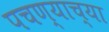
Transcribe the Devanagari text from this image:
पचण्याच्या